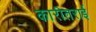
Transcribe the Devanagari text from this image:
कारीतराई